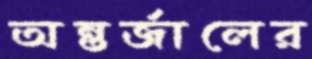
অন্তর্জালের